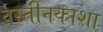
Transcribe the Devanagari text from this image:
वस्तीनकाशा